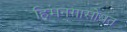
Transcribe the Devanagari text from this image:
हिमनगासोबत